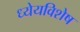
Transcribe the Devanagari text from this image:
ध्येयविशेष